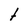
Character: t